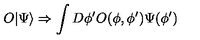
O | \Psi \rangle \Rightarrow \int D \phi ^ { \prime } O ( \phi , \phi ^ { \prime } ) \Psi ( \phi ^ { \prime } )